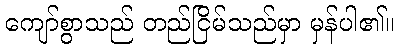
ကျော်စွာသည် တည်ငြိမ်သည်မှာ မှန်ပါ၏။